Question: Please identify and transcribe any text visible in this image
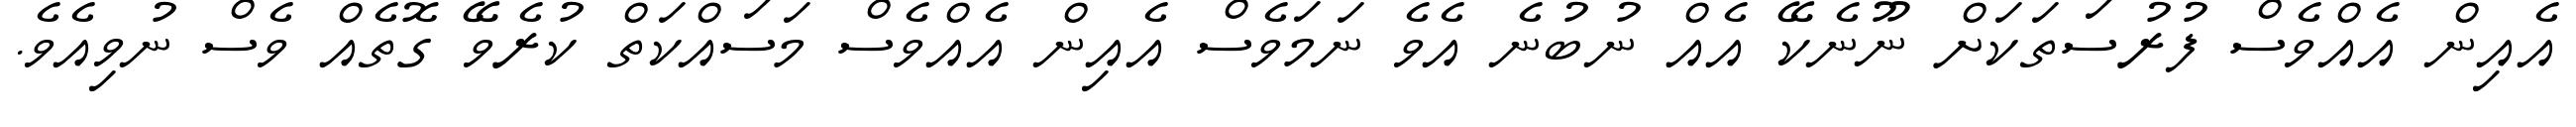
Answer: އެއިން އެއްވެސް ފުރުސަތަކަށް ނޫނެކޭ އެއް ނުބުނެ އެވެ ނަމަވެސް އެއިން އެއްވެސް މަސައްކަތް ކުރެވޭ ގޮތެއް ވެސް ނުވިއެވެ.